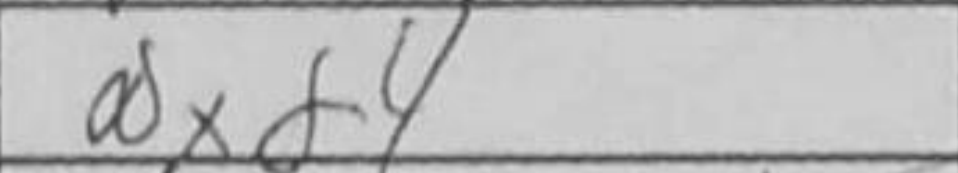
Transcription: Nxd4